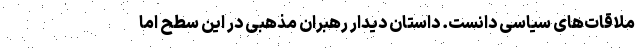
ملاقات‌های سیاسی دانست. داستان دیدار رهبران مذهبی در این سطح اما